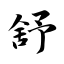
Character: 舒